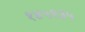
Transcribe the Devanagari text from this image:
१४५१३५